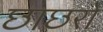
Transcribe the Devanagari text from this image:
छाछरो